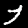
Label: 7